Document type: Oath
Year: 1405
Scribe: Guillem de Lledó
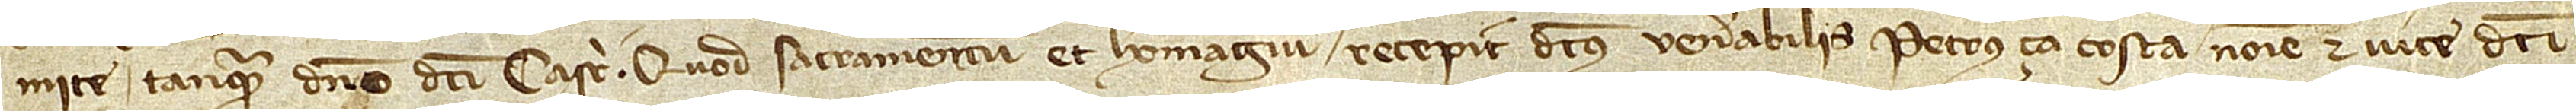
mite tanquam domino dicti castri. Quod sacramentum et homagium recepit dictus venerabilis Petrus ça Costa nomine et vice dicti